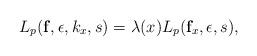
LaTeX: \begin{align*}L_p (\mathbf{f},\epsilon, k_x, s)=\lambda (x) L_p(\mathbf{f}_x,\epsilon,s),\end{align*}